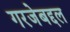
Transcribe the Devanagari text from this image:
गरजेबद्दल